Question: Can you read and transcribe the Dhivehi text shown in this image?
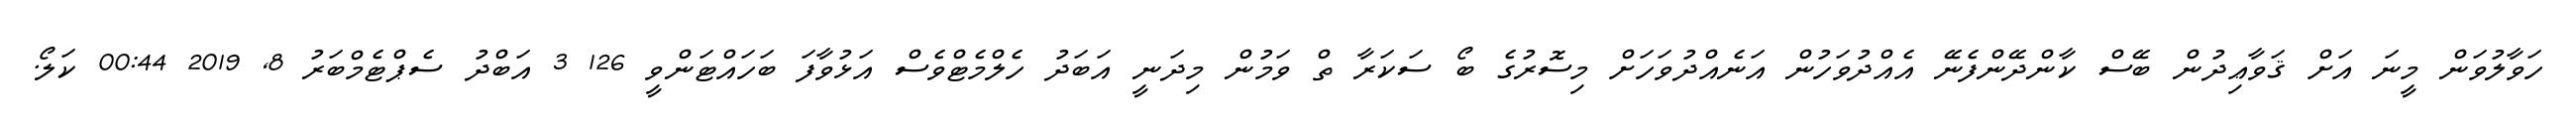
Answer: ހަވާލުވަން މީނަ އަށް ޤަވާޢިދުން ބޭސް ކާންދޭންފެނޭ އެއްދުވަހުން އަނެއްދުވަހަށް މިސޮރުގެ ބޯ ސަކަރާ ތް ވަމުން މިދަނީ އަބަދު ހެލްމެޓްވެސް އަޅުވާފަ ބަހައްޓަންވީ 126 3 އަބްދު ސެޕްޓެމްބަރު 8, 2019 00:44 ކަލޯ.